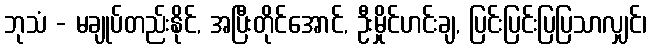
ဘုသံ - မချုပ်တည်းနိုင်, အပြီးတိုင်အောင်, ဦးမှိုင်ဟင်းချ, ပြင်းပြင်းပြပြသာလျှင်၊